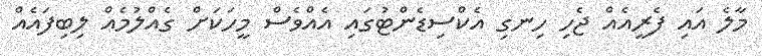
މާލެ އައި ފެރީއެއް ޖެހި ހިނގި އެކްސިޑެންޓުގައި އެއްވެސް މީހަކަށް ގެއްލުމެއް ލިބިފައެއް